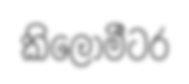
කිලෝමීටර